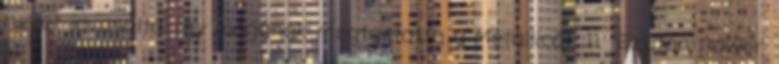
nevet javasolta, így magának megtartotta a Metallicát. 11 Ezután Power